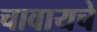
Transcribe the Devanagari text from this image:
चावायचे